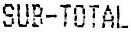
SUB-TOTAL